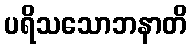
ပရိသသောဘနာတိ